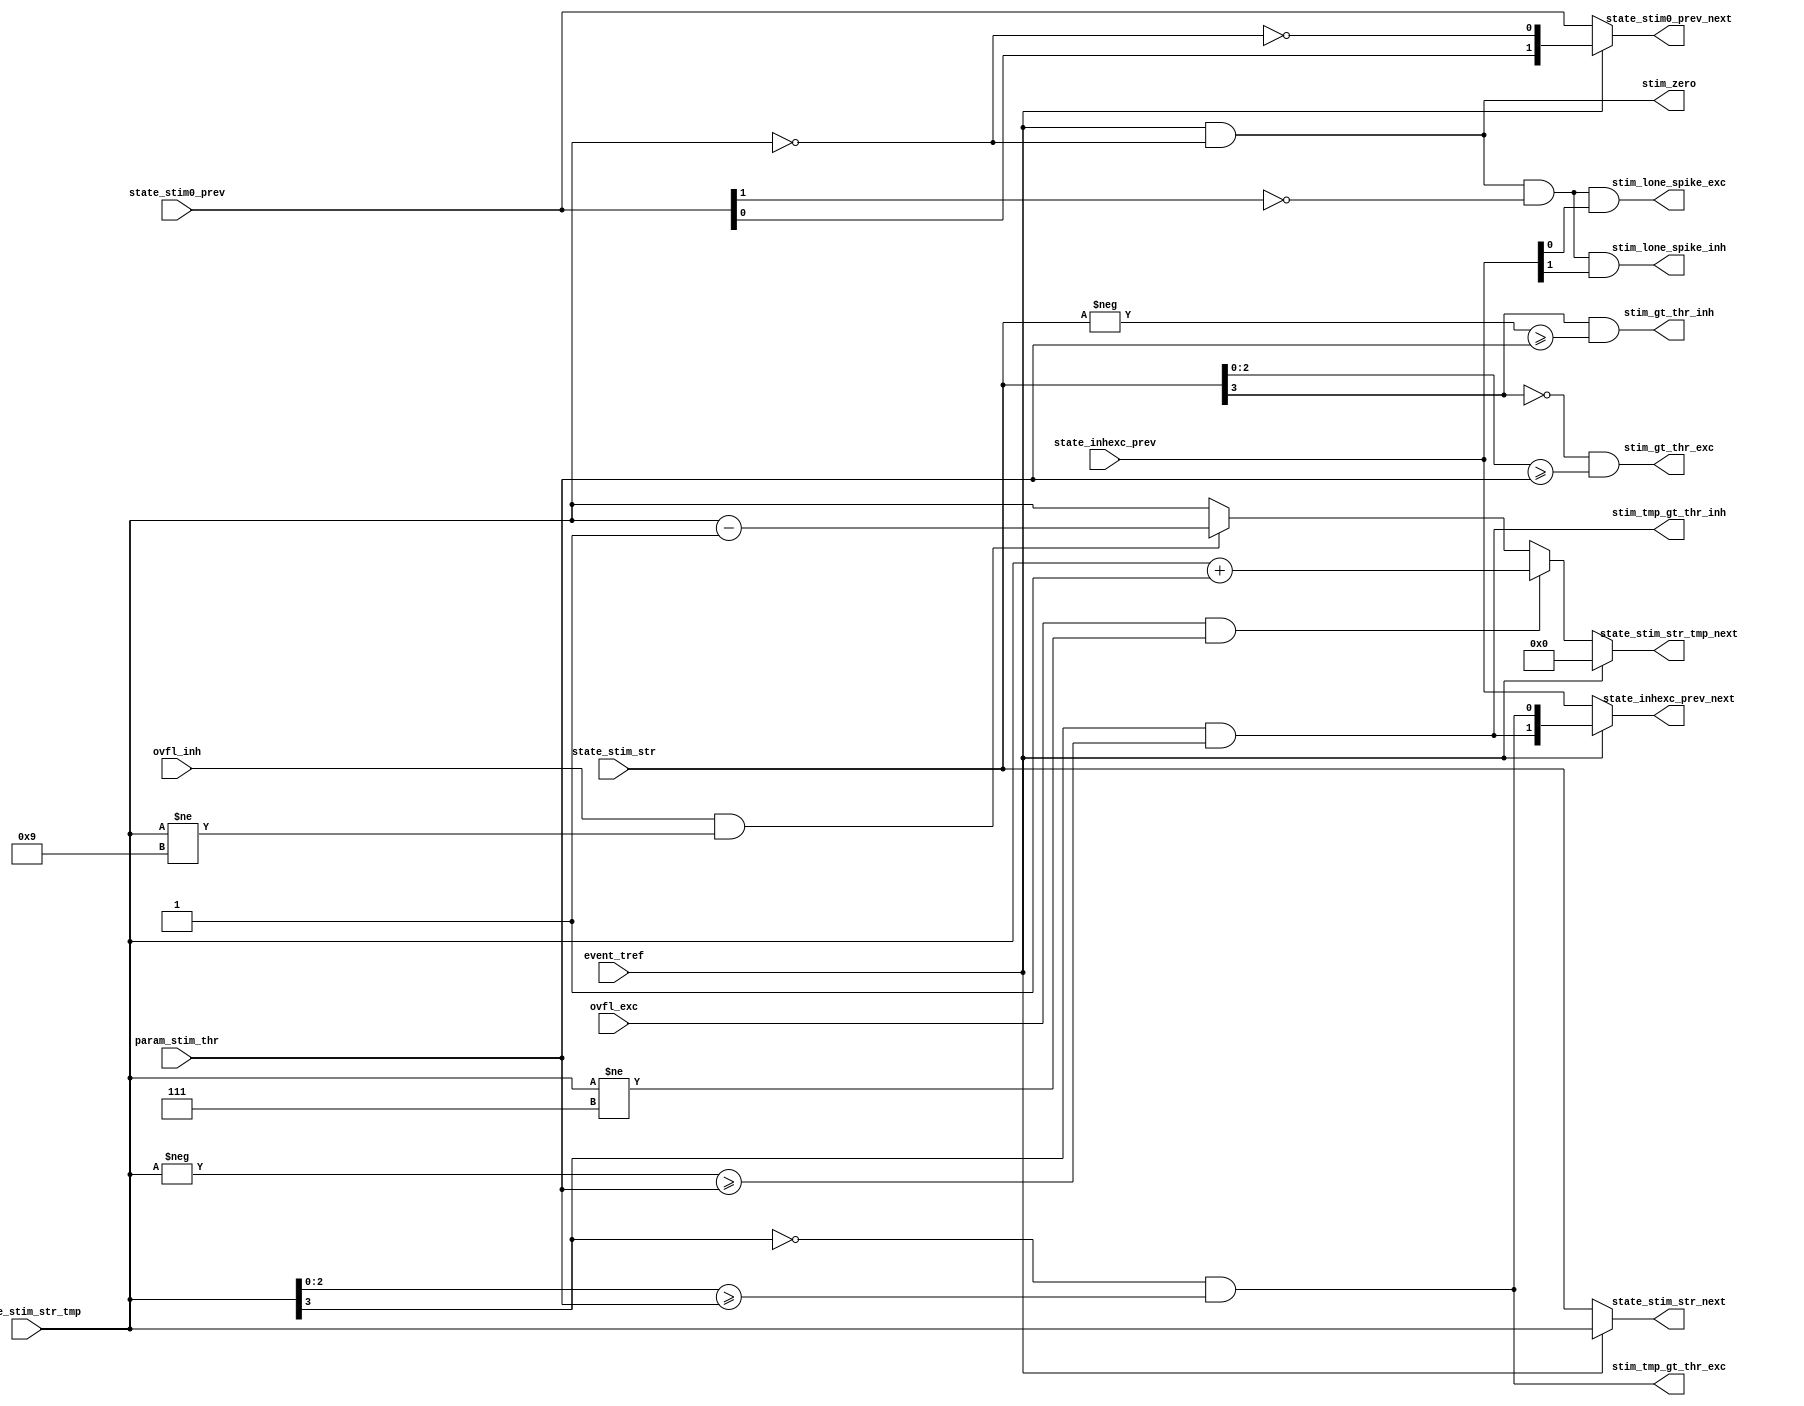
module izh_stimulation_strength ( 
    input  wire [          2:0] param_stim_thr,          // stimulation threshold (phasic, mixed,...) parameter
    input  wire [          3:0] state_stim_str,          // stimulation strength state from SRAM 
    input  wire [          3:0] state_stim_str_tmp,      // temporary stimulation strength state from SRAM 
    input  wire [          1:0] state_stim0_prev,        // zero stimulation monitoring state from SRAM
    input  wire [          1:0] state_inhexc_prev,       // inh/exc stimulation monitoring state from SRAM
    input  wire                 ovfl_inh,                // overflow excitatory type event signal
    input  wire                 ovfl_exc,                // overflow inhibitory type event signal
    input  wire                 event_tref,              // time reference event signal
    output reg  [          3:0] state_stim_str_next,     // next stimulation strength state to SRAM 
    output reg  [          3:0] state_stim_str_tmp_next, // next temporary stimulation strength state to SRAM 
    output reg  [          1:0] state_stim0_prev_next,   // next zero stimulation monitoring state to SRAM
    output reg  [          1:0] state_inhexc_prev_next,  // next inh/exc stimulation monitoring state to SRAM
    output wire                 stim_gt_thr_exc,         // excitatory stimulation strength greater than threshold signal
    output wire                 stim_tmp_gt_thr_exc,     // current excitatory stimulation strength greater than threshold signal
    output wire                 stim_gt_thr_inh,         // inhibitory stimulation strength greater than threshold signal
    output wire                 stim_tmp_gt_thr_inh,     // current inhibitory stimulation strength greater than threshold signal
    output wire                 stim_lone_spike_exc,     // isolated excitatory spike signal
    output wire                 stim_lone_spike_inh,     // isolated inhibitory spike signal
    output wire                 stim_zero                // zero stimulation signal
);


    assign stim_gt_thr_exc     = ~state_stim_str[3]     && (      state_stim_str[2:0]  >=       param_stim_thr );
    assign stim_tmp_gt_thr_exc = ~state_stim_str_tmp[3] && (  state_stim_str_tmp[2:0]  >=       param_stim_thr );
    assign stim_gt_thr_inh     =  state_stim_str[3]     && ((    -state_stim_str     ) >= {1'b0,param_stim_thr});
    assign stim_tmp_gt_thr_inh =  state_stim_str_tmp[3] && ((-state_stim_str_tmp     ) >= {1'b0,param_stim_thr});
    assign stim_lone_spike_exc =  event_tref && (state_stim_str_tmp == 4'b0) && ~state_stim0_prev[1] && state_inhexc_prev[0];
    assign stim_lone_spike_inh =  event_tref && (state_stim_str_tmp == 4'b0) && ~state_stim0_prev[1] && state_inhexc_prev[1];
    assign stim_zero           =  event_tref && (state_stim_str_tmp == 4'b0);

    always @(*) begin 
        if (event_tref)
            state_stim_str_tmp_next = 4'b0;
        else if (ovfl_exc && (state_stim_str_tmp != 4'b0111))
            state_stim_str_tmp_next = state_stim_str_tmp + 4'b1;
        else if (ovfl_inh && (state_stim_str_tmp != 4'b1001))
            state_stim_str_tmp_next = state_stim_str_tmp - 4'b1;
        else
            state_stim_str_tmp_next = state_stim_str_tmp;
    end

    always @(*) begin 
        if (event_tref)
            state_stim_str_next = state_stim_str_tmp;
        else
            state_stim_str_next = state_stim_str;
    end

    always @(*) begin 
        if (event_tref)
            state_stim0_prev_next = {state_stim0_prev[0], ~(state_stim_str_tmp == 4'b0)};
        else
            state_stim0_prev_next = state_stim0_prev;
    end

    always @(*) begin 
        if (event_tref)
            state_inhexc_prev_next = {stim_tmp_gt_thr_inh, stim_tmp_gt_thr_exc};
        else
            state_inhexc_prev_next = state_inhexc_prev;
    end
    
    
endmodule